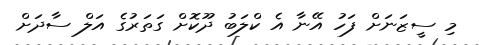
މި ސީޒަނަށް ފަހު އޭނާ އެ ކްލަބު ދޫކޮށް ގަތަރުގެ އަލް ސާދަށް